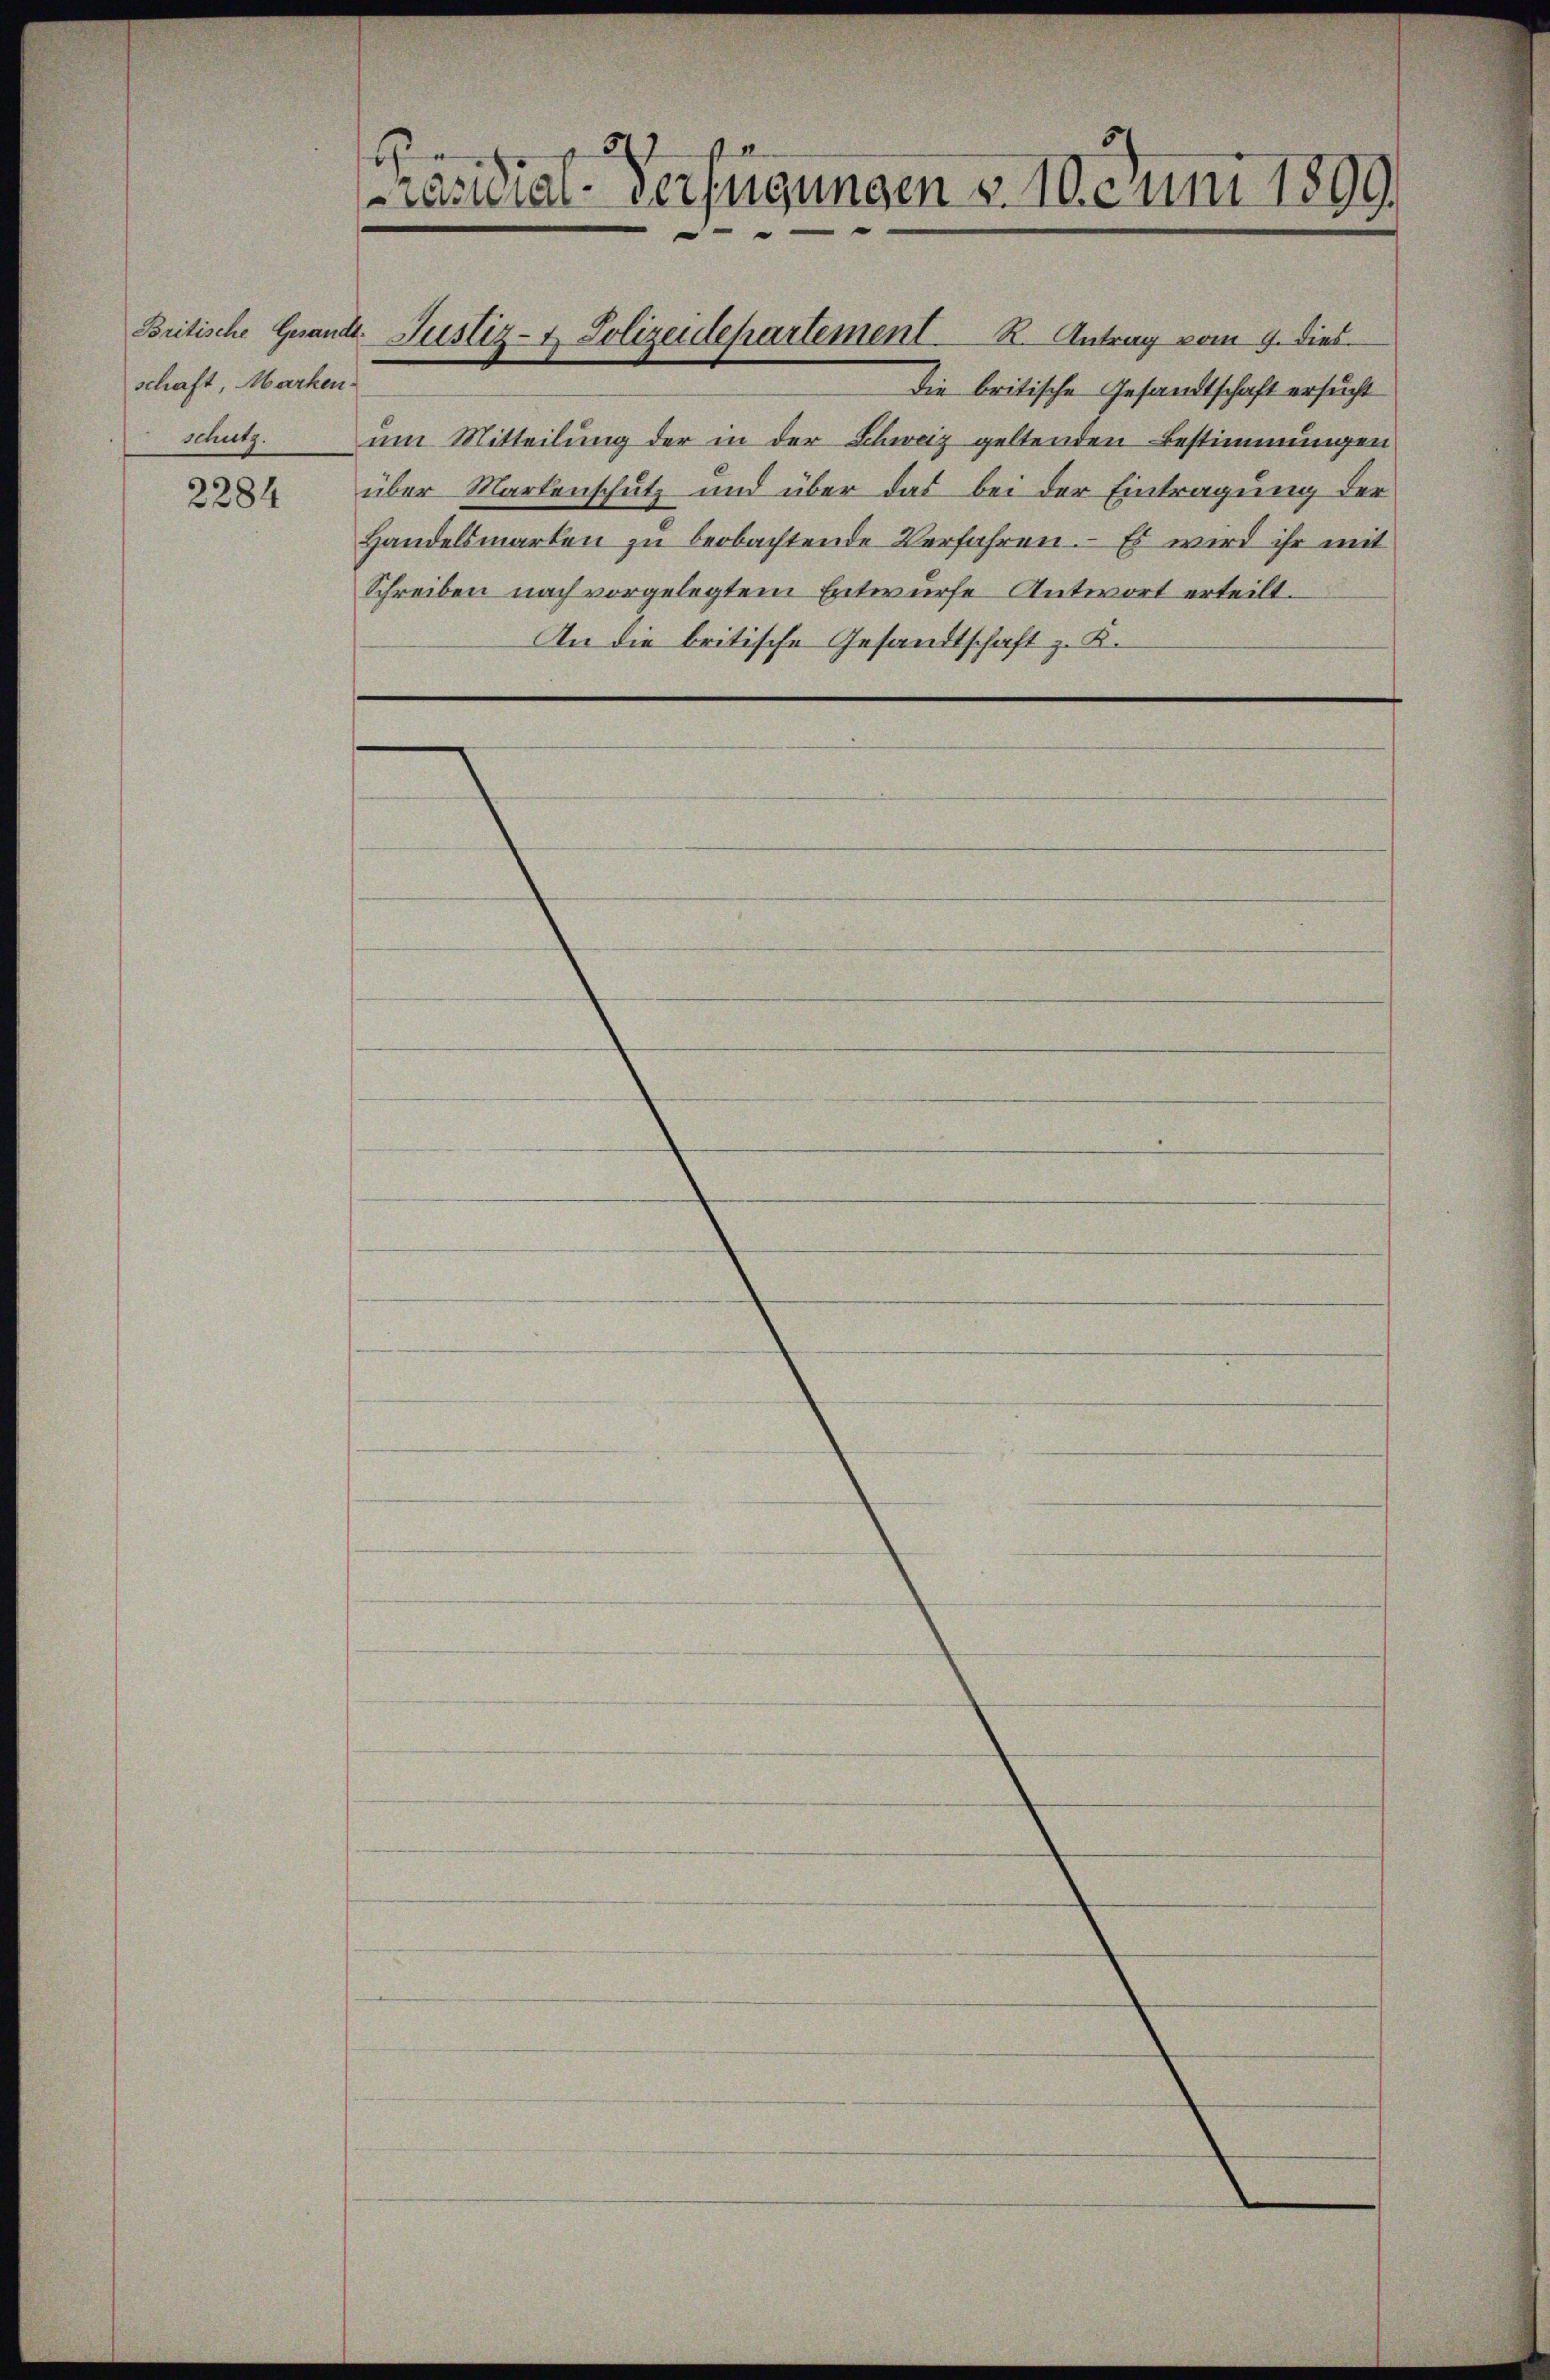
schaft, Marken-

2284

1
Präsidial-Verfügungen § 100 uni 1899

Die britische Gesandtschaft ersucht
schutz. Am Mitteilung der in der Schweiz geltenden Bestimmungen
über Martenschutz und über das bei der Eintragung der
Handelsmarken zu beobachtende Verfahren. Es wird ihr mit
Schreiben nach vorgelegtem Entwurfe Antwort erteilt.
An die britische Gesandtschaft z. K.

Britische Gesandt. Justiz- & Polizeidepartement K. Antrag vom 9. dies